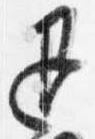
退